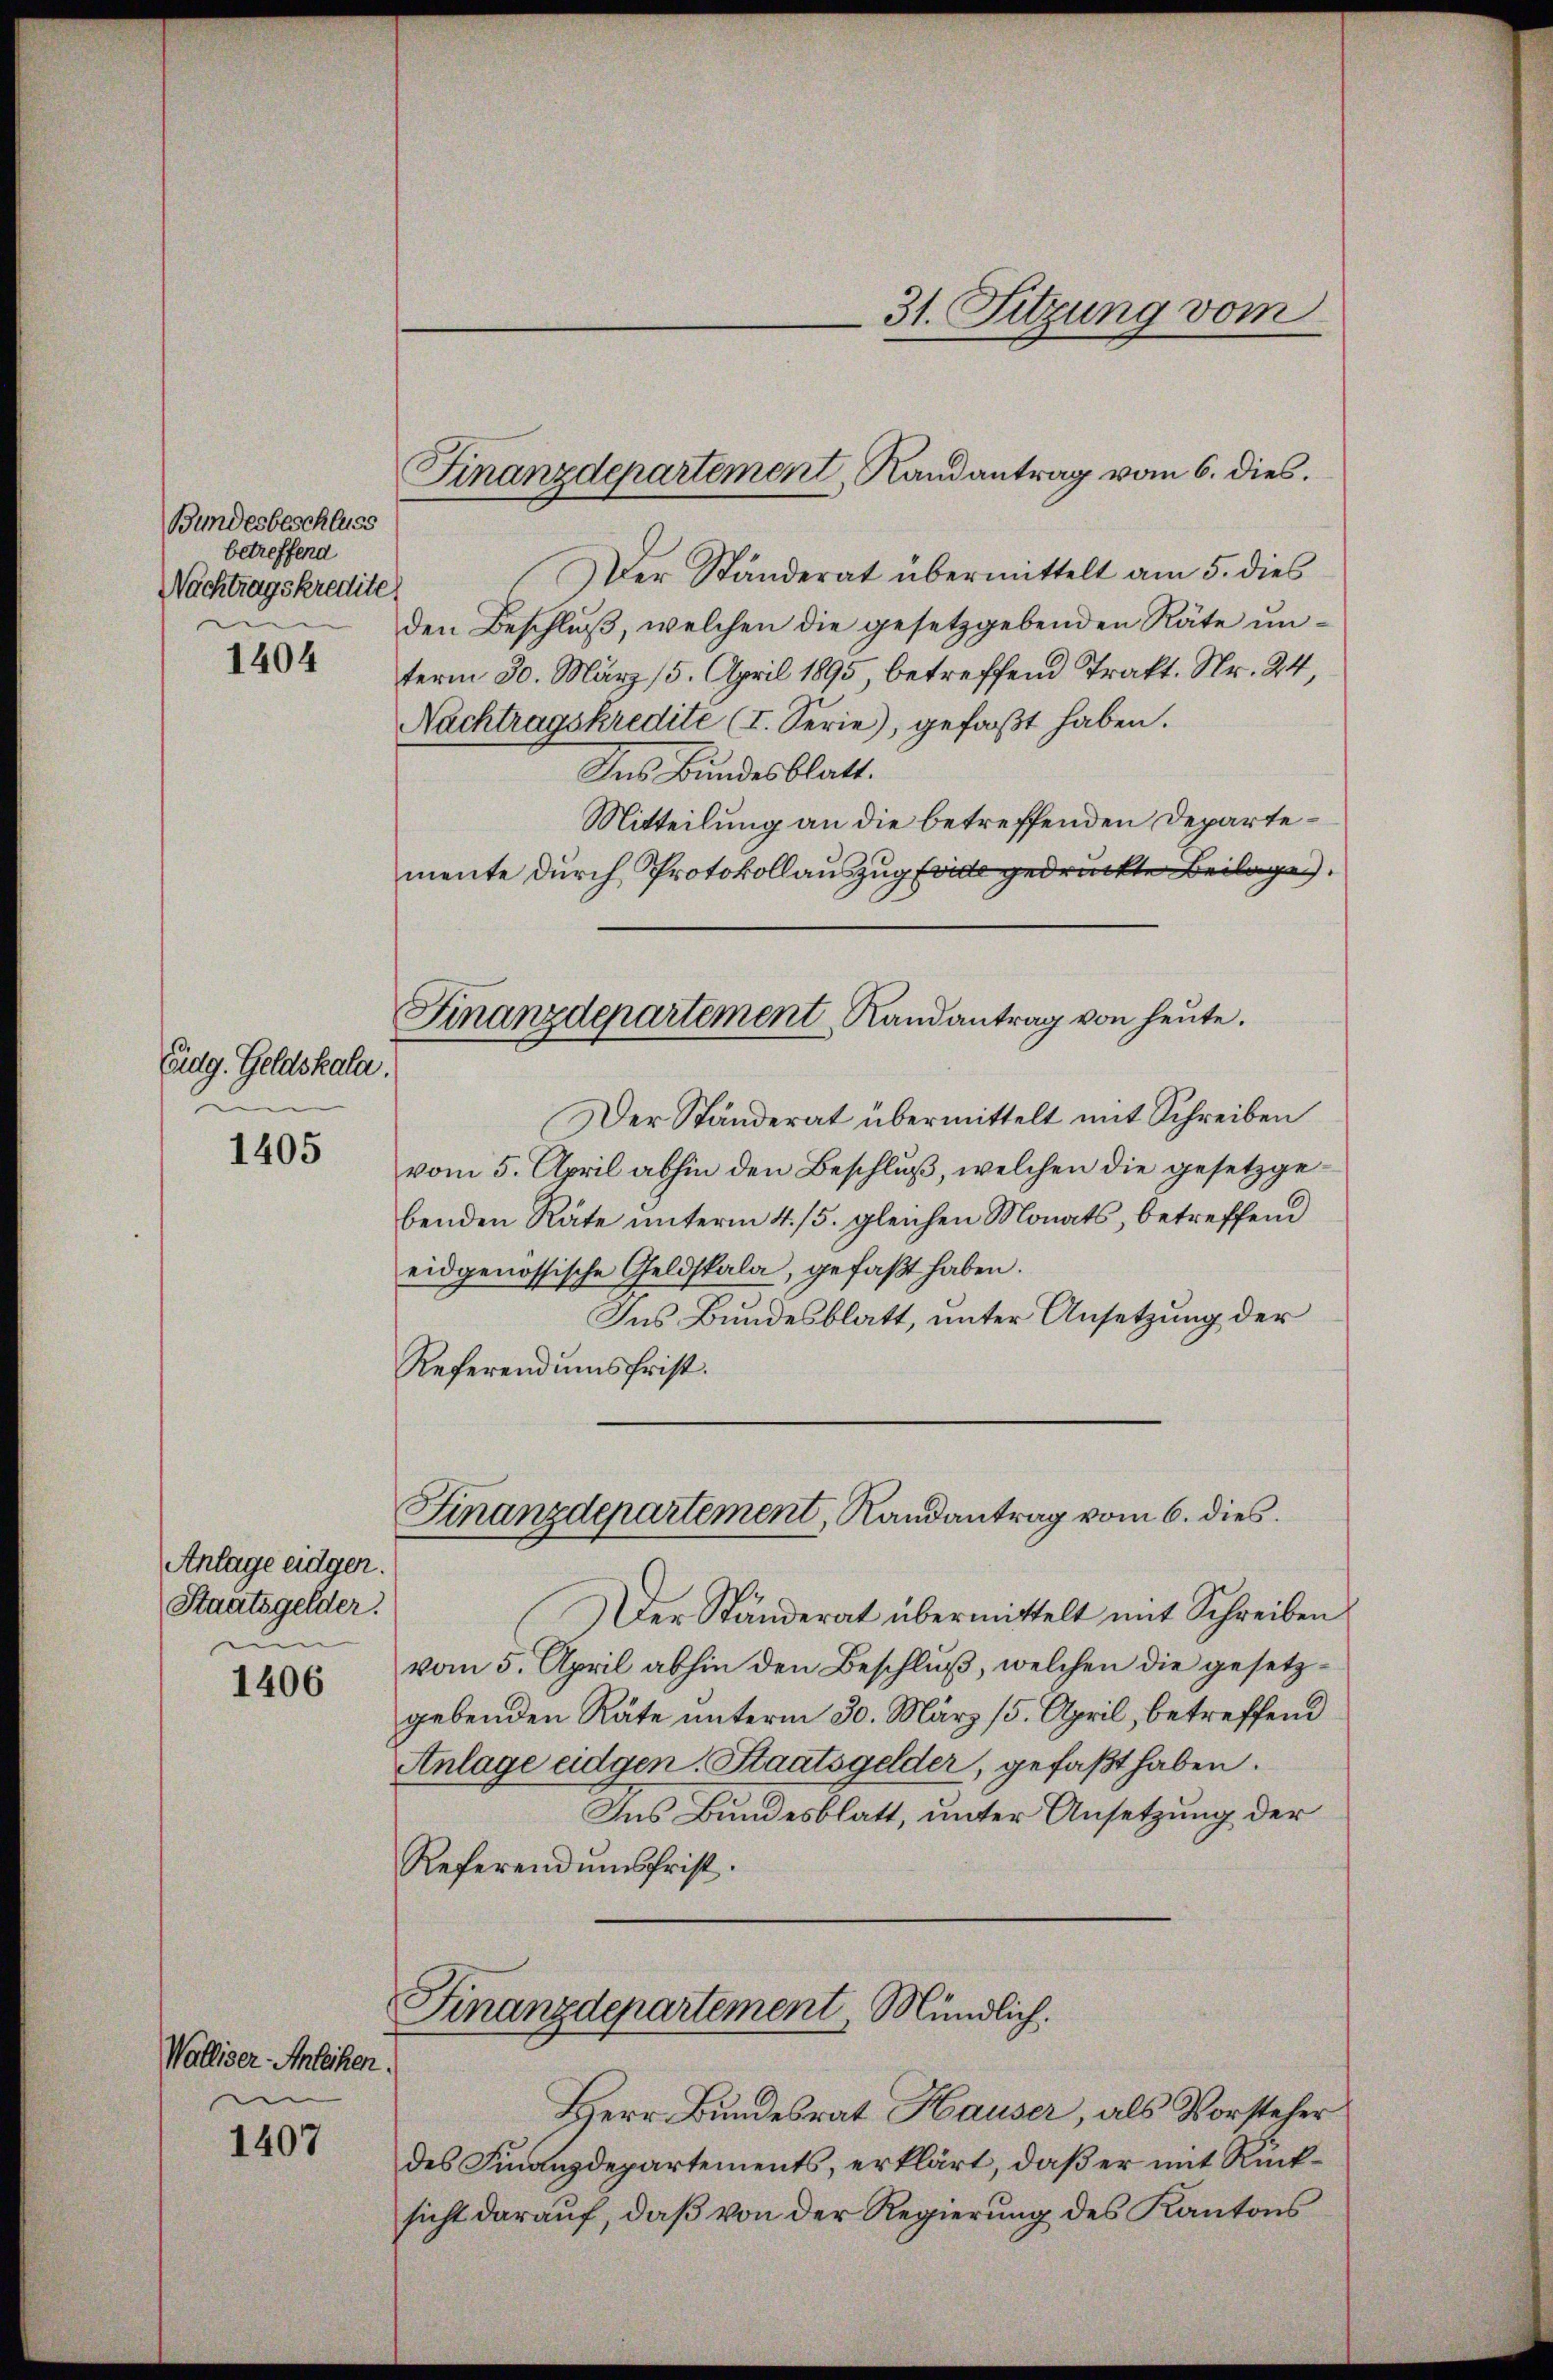
Bundesbeschluss
betreffend
Nachtragskredite
1404

Eidg. Geldskala.
1405

Anlage eidgen.
Staatsgelder.
1406

Walliser Anleihen.
1407

31. Sitzung vom

Finanzdepartement, Randantrag vom 6. dies.

Finanzdepartement, Randantrag von heŭte.

Der Ständerat übermittelt am 5. dies
den Beschlŭβ, welchen die gesetzgebenden Räte un-
term 30. März 15. April 1895 betreffend Trakt. Nr. 24,
Nachtragskredite (I. Serie), gefaßt haben.
Das Bundesblatt.
Mitteilung an die betreffenden Departemente durch Protokollauszug fride gedruckte Beilagen.
Der Ständerat übermittelt mit Schreiben
vom 5. April abhin den Beschlŭβ, welchen die gesetzge-
benden Räte unterm 4. 15. gleichen Monats, betreffend
eidgenössische Geldskala, gefaßt haben.
Ins Bundesblatt, unter Ansetzung der
Referendumsfrist.
Finanzdepartement, Randantrag vom 6. dies
Der Ständerat übermittelt mit Schreiben
vom 5. April abhin den Beschlŭβ, welchen die gesetzgebenden Räte unterm 30. März 15. April, betreffend
Anlage eidgen. Staatsgelder, gefaßt haben.
Ins Bundesblatt, unter Ansetzung der
Referendumsfrist.
Finanzdepartement, Mündlich.
Herr Bundesrat Hauser, als Vorsteher
des Finanzdepartements, erklärt, daß er mit Rücksicht darauf, daß von der Regierung des Kantons